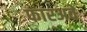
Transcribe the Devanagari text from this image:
फारअवे